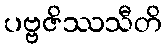
ပဗ္ဗဇိဿသီတိ